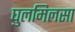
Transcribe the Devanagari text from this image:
घुलमिलसा